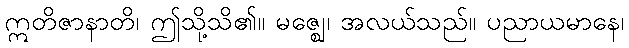
ဣတိဇာနာတိ၊ ဤသို့သိ၏။ မဇ္ဈေ၊ အလယ်သည်။ ပညာယမာနေ၊